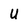
Character: U